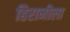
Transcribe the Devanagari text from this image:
हिरानीला